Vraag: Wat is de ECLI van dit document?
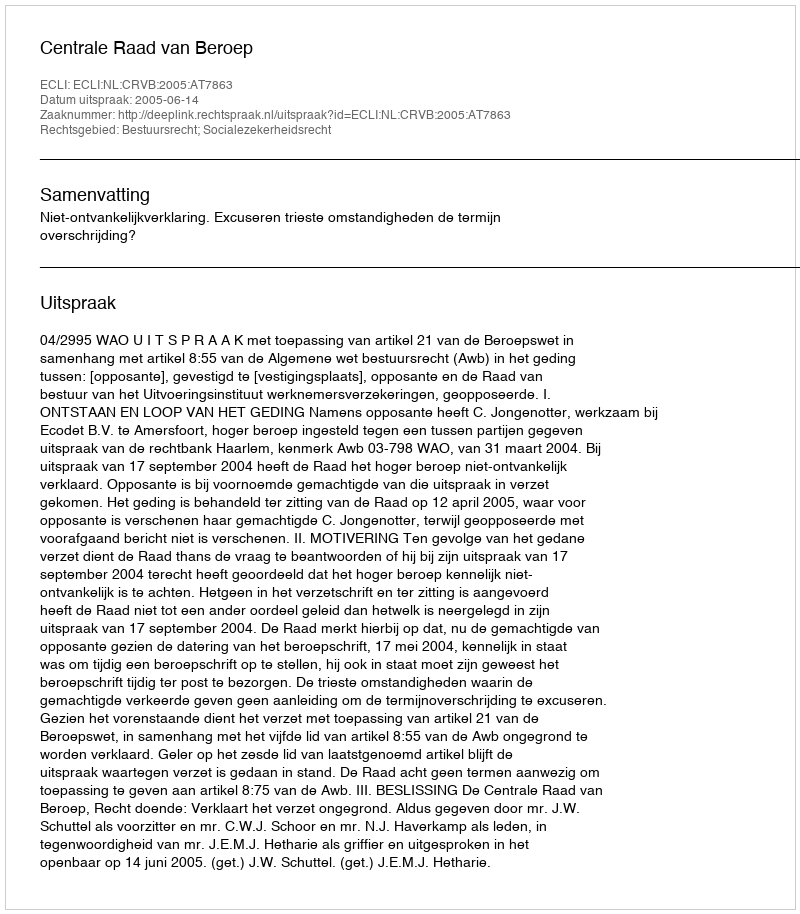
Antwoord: ECLI:NL:CRVB:2005:AT7863